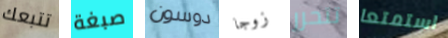
تتبعك صبغة دوسون زوجا تتحرر استمتعا